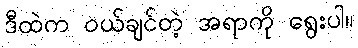
ဒီထဲက ဝယ်ချင်တဲ့ အရာကို ရွေးပါ။